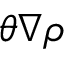
\theta \nabla \rho